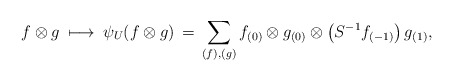
\begin{align*}f \otimes g \: \longmapsto \: \psi_U ( f \otimes g) \, = \, \sum \limits_{(f),(g)} f_{(0)} \otimes g_{(0)} \otimes \big( S^{-1} f_{(-1)} \big) \, g_{(1)},\end{align*}